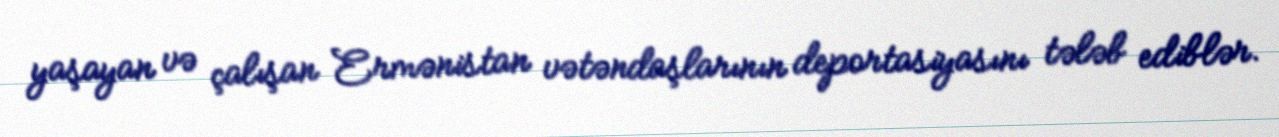
yaşayan və çalışan Ermənistan vətəndaşlarının deportasiyasını tələb ediblər.